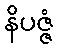
နိပဇ္ဇံ